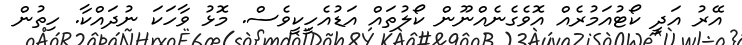
އޭރު އަދީ ކޯޓުއަމުރެއް އޮވެގެނެއްނޫން ކޯލުތައް އަޑުއެހީކީވެސް. މޮޅު ވާހަކަ ނުދައްކާ. ހިތުން